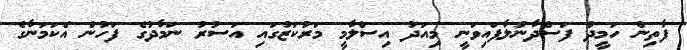
ފާތިން ހަމީދު ފަސްދާނުލާފައިވަނީ މިއަދު އިސްލާމީ މަރުކަޒުގައި އަސުރު ނަމާދުގެ ފަހުން އެކަމަނާގެ